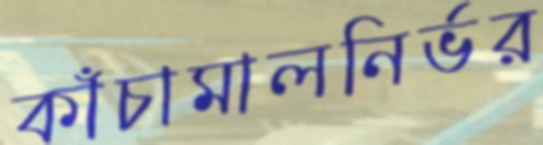
কাঁচামালনির্ভর